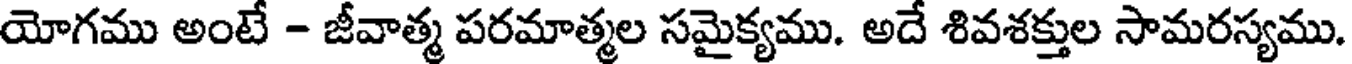
యోగము అంటే - జీవాత్మ పరమాత్మల సమైక్యము. అదే శివశక్తుల సామరస్యము.